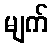
မျက်